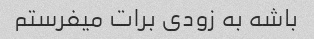
باشه به زودی برات میفرستم